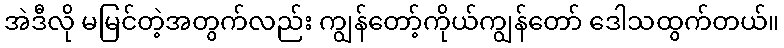
အဲဒီလို မမြင်တဲ့အတွက်လည်း ကျွန်တော့်ကိုယ်ကျွန်တော် ဒေါသထွက်တယ်။